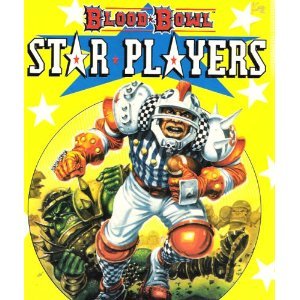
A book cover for Blood Bowl: Star Players (Warhammer) (v. 10); Teen & Young Adult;